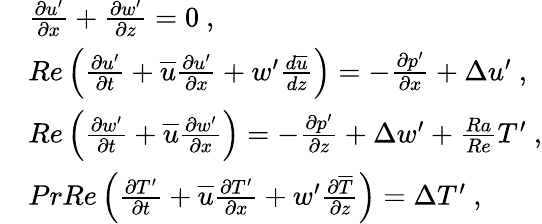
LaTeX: \begin{array}{rl}&{\frac{\partial{u^{\prime}}}{\partial x}+\frac{\partial{w^{\prime}}}{\partial z}=0~,}\\ &{Re\left(\frac{\partial{u^{\prime}}}{\partial t}+\overline{{u}}\frac{\partial{u^{\prime}}}{\partial x}+{w^{\prime}}\frac{d\overline{{u}}}{dz}\right)=-\frac{\partial{p^{\prime}}}{\partial x}+\Delta{u^{\prime}}~,}\\ &{Re\left(\frac{\partial{w^{\prime}}}{\partial t}+\overline{{u}}\frac{\partial{w^{\prime}}}{\partial x}\right)=-\frac{\partial{p^{\prime}}}{\partial z}+\Delta{w^{\prime}}+\frac{Ra}{Re}{T^{\prime}}~,}\\ &{PrRe\left(\frac{\partial{T^{\prime}}}{\partial t}+\overline{{u}}\frac{\partial{T^{\prime}}}{\partial x}+{w^{\prime}}\frac{\partial\overline{{T}}}{\partial z}\right)=\Delta{T^{\prime}}~,}\end{array}